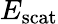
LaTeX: E_{\mathrm{scat}}